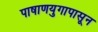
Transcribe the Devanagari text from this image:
पाषाणयुगापासून